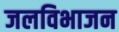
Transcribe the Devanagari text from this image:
जलविभाजन